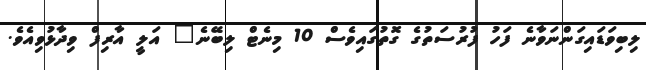
ލިބިވަޑައިގަންނަވާނެ ފަހު ފުރުސަތުގެ ގޮތުގައިވެސް 10 މިނެޓް ލިބޭނެ" އަލީ އާރިފް ވިދާޅުވިއެވެ.